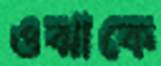
ওঝাকে